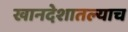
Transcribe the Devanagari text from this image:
खानदेशातल्याच